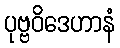
ပုဗ္ဗဝိဒေဟာနံ